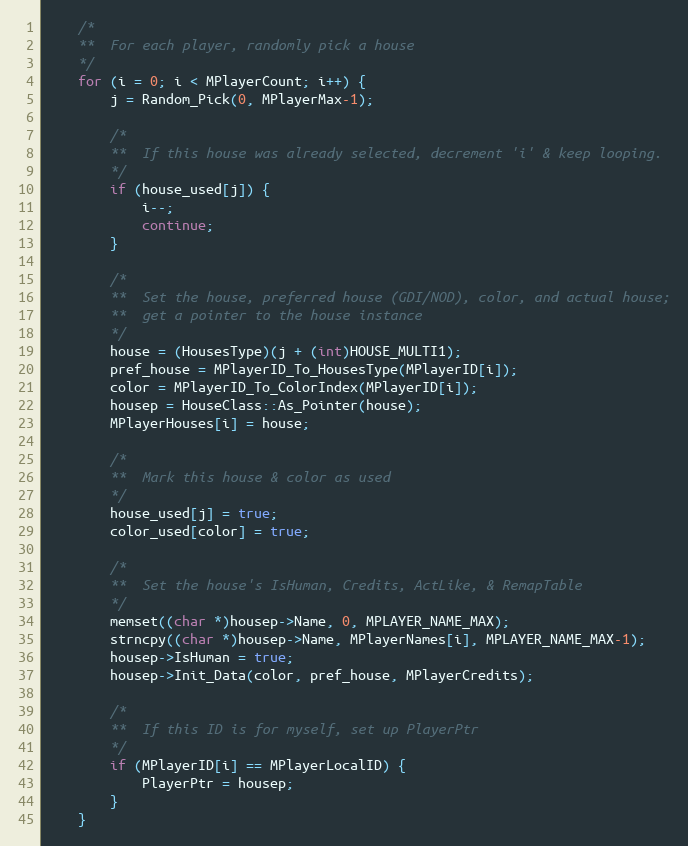
Language: C++
	/*
	**	For each player, randomly pick a house
	*/
	for (i = 0; i < MPlayerCount; i++) {
		j = Random_Pick(0, MPlayerMax-1);

		/*
		**	If this house was already selected, decrement 'i' & keep looping.
		*/
		if (house_used[j]) {
			i--;
			continue;
		}

		/*
		**	Set the house, preferred house (GDI/NOD), color, and actual house;
		**	get a pointer to the house instance
		*/
		house = (HousesType)(j + (int)HOUSE_MULTI1);
		pref_house = MPlayerID_To_HousesType(MPlayerID[i]);
		color = MPlayerID_To_ColorIndex(MPlayerID[i]);
		housep = HouseClass::As_Pointer(house);
		MPlayerHouses[i] = house;

		/*
		**	Mark this house & color as used
		*/
		house_used[j] = true;
		color_used[color] = true;

		/*
		**	Set the house's IsHuman, Credits, ActLike, & RemapTable
		*/
		memset((char *)housep->Name, 0, MPLAYER_NAME_MAX);
		strncpy((char *)housep->Name, MPlayerNames[i], MPLAYER_NAME_MAX-1);
		housep->IsHuman = true;
		housep->Init_Data(color, pref_house, MPlayerCredits);

		/*
		**	If this ID is for myself, set up PlayerPtr
		*/
		if (MPlayerID[i] == MPlayerLocalID) {
			PlayerPtr = housep;
		}
	}